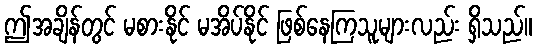
ဤအချိန်တွင် မစားနိုင် မအိပ်နိုင် ဖြစ်နေကြသူများလည်း ရှိသည်။